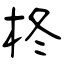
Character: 柊